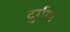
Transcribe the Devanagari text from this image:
दुर्गण